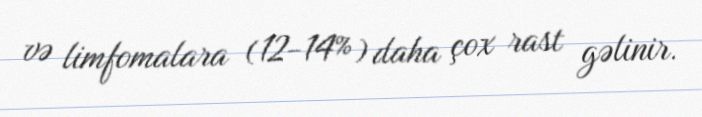
və limfomalara (12-14%) daha çox rast gəlinir.